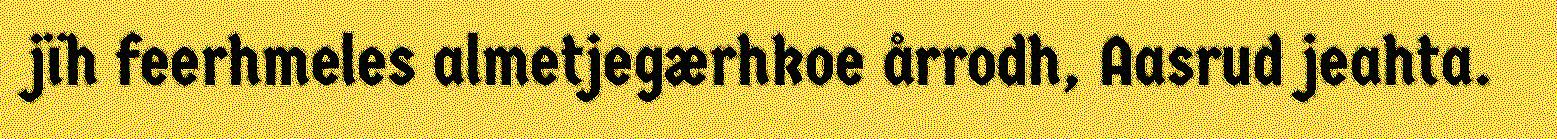
jïh feerhmeles almetjegærhkoe årrodh, Aasrud jeahta.